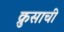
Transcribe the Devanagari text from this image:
क्रुसाची